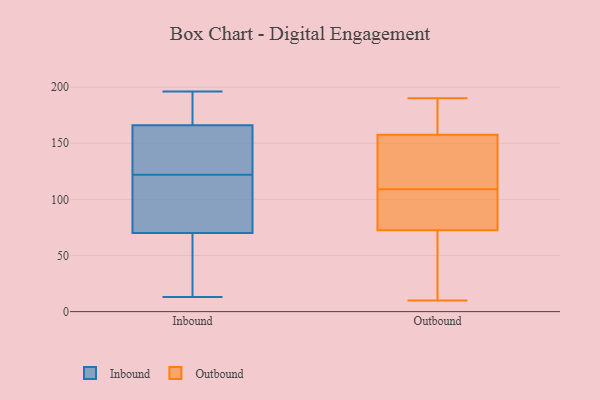
{"axis": {"x": "Net Income (USD K)", "y": "Value"}, "legend": ["Inbound", "Outbound"], "data": [{"x": "", "y": 177, "type": "Inbound"}, {"x": "", "y": 13, "type": "Inbound"}, {"x": "", "y": 196, "type": "Inbound"}, {"x": "", "y": 181, "type": "Inbound"}, {"x": "", "y": 109, "type": "Inbound"}, {"x": "", "y": 118, "type": "Inbound"}, {"x": "", "y": 140, "type": "Inbound"}, {"x": "", "y": 155, "type": "Inbound"}, {"x": "", "y": 126, "type": "Inbound"}, {"x": "", "y": 31, "type": "Inbound"}, {"x": "", "y": 16, "type": "Inbound"}, {"x": "", "y": 115, "type": "Inbound"}, {"x": "", "y": 102, "type": "Outbound"}, {"x": "", "y": 35, "type": "Outbound"}, {"x": "", "y": 181, "type": "Outbound"}, {"x": "", "y": 172, "type": "Outbound"}, {"x": "", "y": 116, "type": "Outbound"}, {"x": "", "y": 166, "type": "Outbound"}, {"x": "", "y": 76, "type": "Outbound"}, {"x": "", "y": 83, "type": "Outbound"}, {"x": "", "y": 10, "type": "Outbound"}, {"x": "", "y": 69, "type": "Outbound"}, {"x": "", "y": 149, "type": "Outbound"}, {"x": "", "y": 129, "type": "Outbound"}, {"x": "", "y": 98, "type": "Outbound"}, {"x": "", "y": 190, "type": "Outbound"}, {"x": "", "y": 38, "type": "Outbound"}, {"x": "", "y": 123, "type": "Outbound"}]}